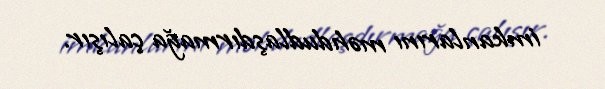
imkanlarını məhdudlaşdırmağa çalışır.